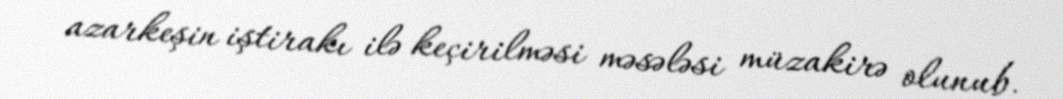
azarkeşin iştirakı ilə keçirilməsi məsələsi müzakirə olunub.